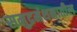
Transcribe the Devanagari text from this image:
समुद्रमंथनातील